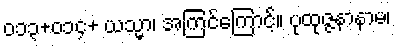
၀၁၃+၀၁၄+ ယသ္မာ၊ အကြင်ကြောင့်။ ပုထုဇ္ဇနာနာမ၊